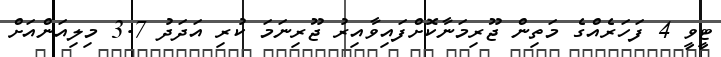
ޓީވީ 4 ފަހަރެއްގެ މަތިން ޖޫރިމަނާކޮށްފައިވާއިރު ޖޫރިނަމަ ކުރި އަދަދު 3.7 މިލިއަންއަށް